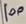
Text: 100